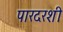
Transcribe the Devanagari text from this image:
पारदरशी